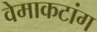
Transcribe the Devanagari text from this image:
वेमाकटांग